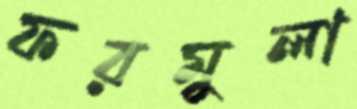
ফরমুলা